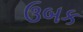
ઉબક